Medical and sanitary report on the native army of Bombay for the year
Year: 1877
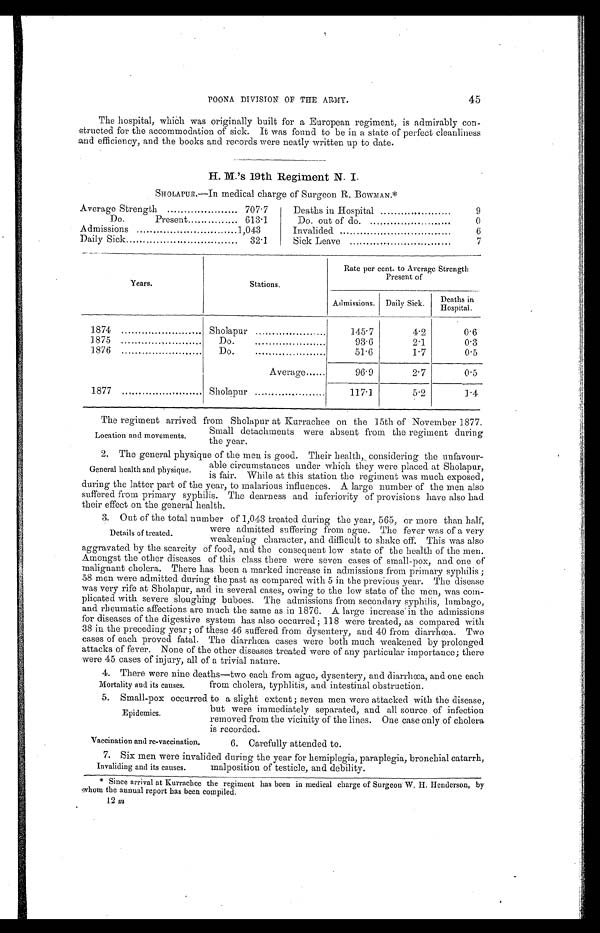
7. Six men were invalided during the year for hemiplegia, paraplegia, bronchial catarrh,
malposition of testicle, and debility.
Invaliding and its causes.
POONA DIVISION OF THE ARMY.
45
The hospital, which was originally built for a European regiment, is admirably con-
structed for the accommodation of sick. It was found to be in a state of perfect cleanliness
and efficiency, and the books and records were neatly written up to date.
H. M.'s 19th Regiment N. I.
SHOLAPUR.—In medical charge of Surgeon R. BOWMAN.*
Average Strength
707.7
Deaths in Hospital
9
Do.
Present
613.1
Do. out of do.
0
Admissions
1,043
Invalided
6
Daily Sick
32.1
Sick Leave
7
Years.
Stations.
Rate per cent. to Average Strength
Present of
Admissions. Daily Sick.
Deaths in Hospital
1874
Sholapur
145.7
4.2
0.6
1875
Do.
93.6
2.1
0.3
1876
Do
51.6
1.7
0.5
Average
96.9
2.7
0.5
1877
Sholapur
117.1
5.2
1.4
The regiment arrived from Sholapur at Kurrachee on the 15th of November 1877.
Small detachments were absent from the regiment during
the year.
2. The general physique of the men is good. Their health, considering the unfavour-
able circumstances under which they were placed at Sholapur,
is fair. While at this station the regiment was much exposed,
during the latter part of the year, to malarious influences, A large number of the men also
suffered from primary syphilis. The dearness and inferiority of provisions have also had
t hei r ef f ect on t he genr al heal t h.
3. Out of the total number of 1,043 treated during the year, 565, or more than half,
were admitted suffering from ague. The fever was of a very
weakening character, and difficult to shake off. This was also
aggravated by the scarcity of food, and the consequent low state of the health of the men.
Amongst the other diseases of this class there were seven cases of small-pox, and one of
malignant cholera. There has been a marked increase in admissions from primary syphilis;
58 men were admitted during the past as compared with 5 in the previous year. The disease
was very rife at Sholapur, and in several cases, owing to the low state of the men, was com-
plicated with severe sloughing buboes. The admissions from secondary syphilis, lumbago,
and rheumatic affections are much the same as in 1876. A. large increase in the admissions
for diseases of the digestive system has also occurred; 118 were treated, as compared with
38 in the preceding year; of these 46 suffered from dysentery, and 40 from diarrhœa. Two
cases of each proved fatal. The diarrhœa cases were both much weakened by prolonged
attacks of fever. None of the other diseases treated were of any particular importance; there
were 45 cases of injury, all of a trivial nature.
4. There were nine deaths—two each from ague, dysentery, and diarrhœa, and one each
from cholera, typhlitis, and intestinal obstruction.
5 . S m a l l - P o x o c c u r r e d t o a s l i g h t e x t e n t ; s e v e n m e n w e r e a t t a c k e d w i t h t h e d i s e a s e ,
but were immediately separated, and all source of infection
removed from the vicinity of the lines. One case only of cholera
is recorded.
Location and movements.
General health and physique.
Details of treated.
Mortality and its causes.
Epidemics.
Vaccination and re-vaccination
6. Carefully attended to.
* Since arrival at Kurrachee the regiment has been in medical charge of Surgeon W. H. Henderson, by
whom the annual report has been compiled.
12 m